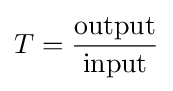
T={\frac {\text{output}}{\text{input}}}